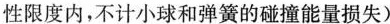
簧在弹性限度内，不计小球和弹簧的碰撞能量损失)